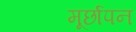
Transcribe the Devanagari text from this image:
मूर्छापन